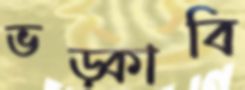
ভড়্‌কাবি